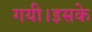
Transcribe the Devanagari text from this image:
गयी।इसके